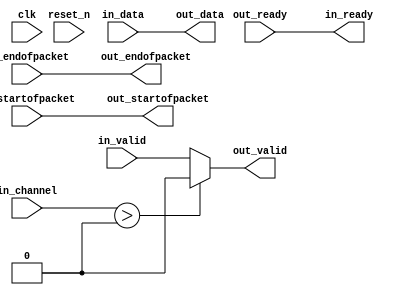
module lab3_master_0_b2p_adapter (
    
      // Interface: clk
      input              clk,
      // Interface: reset
      input              reset_n,
      // Interface: in
      output reg         in_ready,
      input              in_valid,
      input      [ 7: 0] in_data,
      input      [ 7: 0] in_channel,
      input              in_startofpacket,
      input              in_endofpacket,
      // Interface: out
      input              out_ready,
      output reg         out_valid,
      output reg [ 7: 0] out_data,
      output reg         out_startofpacket,
      output reg         out_endofpacket
);


   reg          out_channel;

   // ---------------------------------------------------------------------
   //| Payload Mapping
   // ---------------------------------------------------------------------
   always @* begin
      in_ready = out_ready;
      out_valid = in_valid;
      out_data = in_data;
      out_startofpacket = in_startofpacket;
      out_endofpacket = in_endofpacket;

      out_channel = in_channel       ;
      // Suppress channels that are higher than the destination's max_channel.
      if (in_channel > 0) begin
         out_valid = 0;
         // Simulation Message goes here.
      end
   end

endmodule